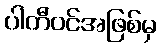
ပါတီဝင်အဖြစ်မှ